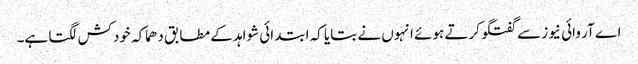
اے آر وائی نیوز سے گفتگو کرتے ہوئے انہوں نے بتایا کہ ابتدائی شواہد کے مطابق دھماکہ خودکش لگتا ہے۔